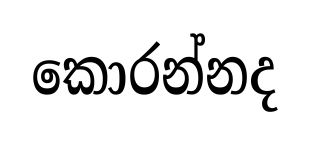
කොරන්නද